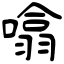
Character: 噏